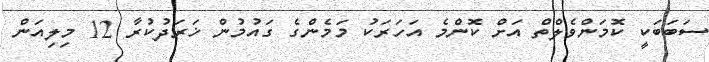
ސަބަބަކީ ކޮމަންވެލްތް އަށް ކޮންމެ އަހަރަކު މަމެންގެ ގައުމުން ޚަރަދުކުރާ 12 މިލިއަން